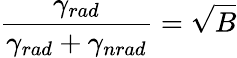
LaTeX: \frac{\gamma_{rad}}{\gamma_{rad}+\gamma_{nrad}}=\sqrt{B}